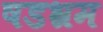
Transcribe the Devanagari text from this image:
षडभ्रम